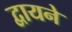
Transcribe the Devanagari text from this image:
द्वायने